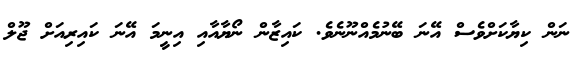
ނަން ކިޔާކަށްވެސް އޭނަ ބޭނުމެއްނޫނެވެ. ކައިޒާން ނޯޔާއާއި އިނީމަ އޭނަ ކައިރިއަށް ޖޫލް